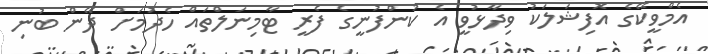
އެމްވީކޭގެ އޮފިޝަލަކު ވިދާޅުވީ އެ ކުންފުނީގެ ފެރީ ޓާމިނަލްތައް ހެދުމަށް ދޭން ބުނި